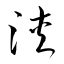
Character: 浹